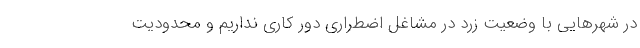
در شهرهایی با وضعیت زرد در مشاغل اضطراری دور کاری نداریم و محدودیت